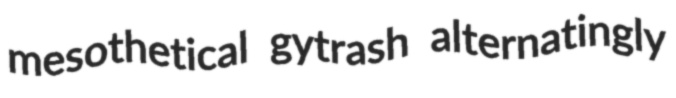
mesothetical gytrash alternatingly